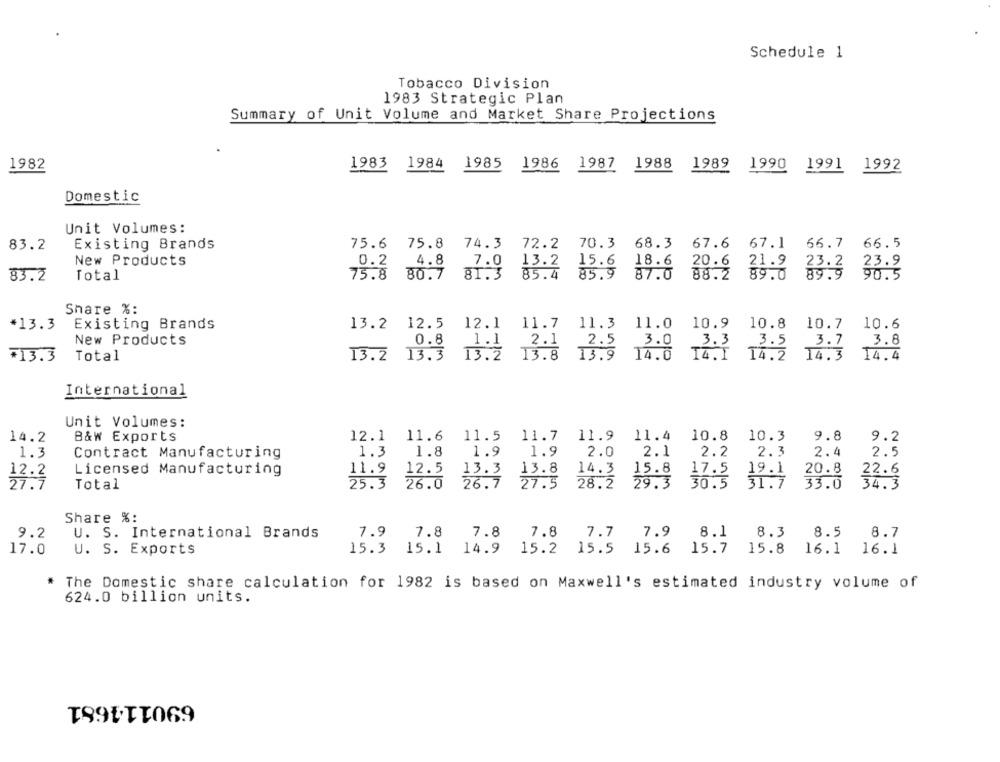
Schedule 1
Tobacco Division
1983 Strategic Plan
Summary of Unit Volume and Market Share Projections
1982
1983
1984
1985
1986 1987
1988
1989
1990
1991 1992
Domestic
Unit Volumes:
83.2
75.6 75.8 74.3 72.2 70.3 68.3 67.6 67.1 66.7
66.5
Existing Brands
New Products
0.2
4.8 7.0
13.2 15.6 18.6
20.6 21.9
23.2
23.9
85.4 85.9 87.0
83.2
Total
75.8 80.7 81.3
88.2 89.0
90.5
Share %:
*13.3
Existing Brands
13.2 12.5 12.1 11.7 11.3 11.0 10.9 10.8
10.7
10.6
New Products
0.8
1.1
2.1
2.5
3.0
3.3
3.7
3.8
3.5
*13.3
Total
13.2 13.3 13.2
13. 8
13.9
14.0
14. 1 14.2
14.3
14.4
International
Unit Volumes:
14.2
B&w Exports
12.1 11.6 11.5 11.7 11.9 11.4 10.8 10.3
9.8
9.2
1.3
Contract Manufacturing
1.3
1.8
1.9
1.9
2.0
2.1
2.2
2.3
2.4
2.5
Licensed Manufacturing
11.9 12.5
13.3
13.8
14.3
15.8
17.5 19.1
20.8
22.6
27.7
Total
25.3
26.0 26.7 27.5
28.2
29.3
30.5
31.7
33.0
34.3
Share %:
9.2
7.9
7.8
7.8
7.8
7.7
7.9
8.1
8.3
8.5 8.7
U. S. International Brands
15.3
17.0
U. S. Exports
15.1 14.9
15.2 15.5 15.6 15.7
15.8
16.1 16.1
* The Domestic share calculation for 1982 is based on Maxwell's estimated industry volume of
624.0 billion units.
690114681